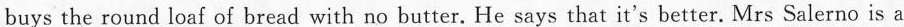
buys the round loaf of bread with no butter. He says that it's better. Mrs Salerno is a